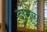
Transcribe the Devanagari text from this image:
दामूला